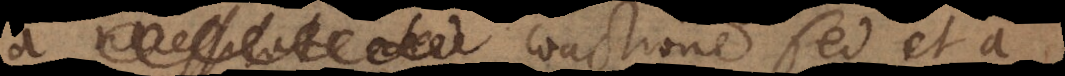
sed coactione sed et a